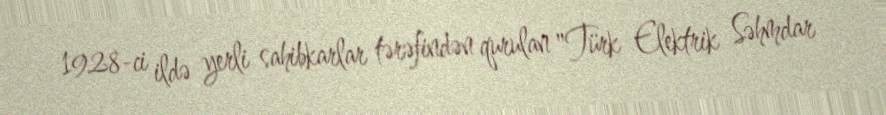
1928-ci ildə yerli sahibkarlar tərəfindən qurulan "Türk Elektrik Səhmdar